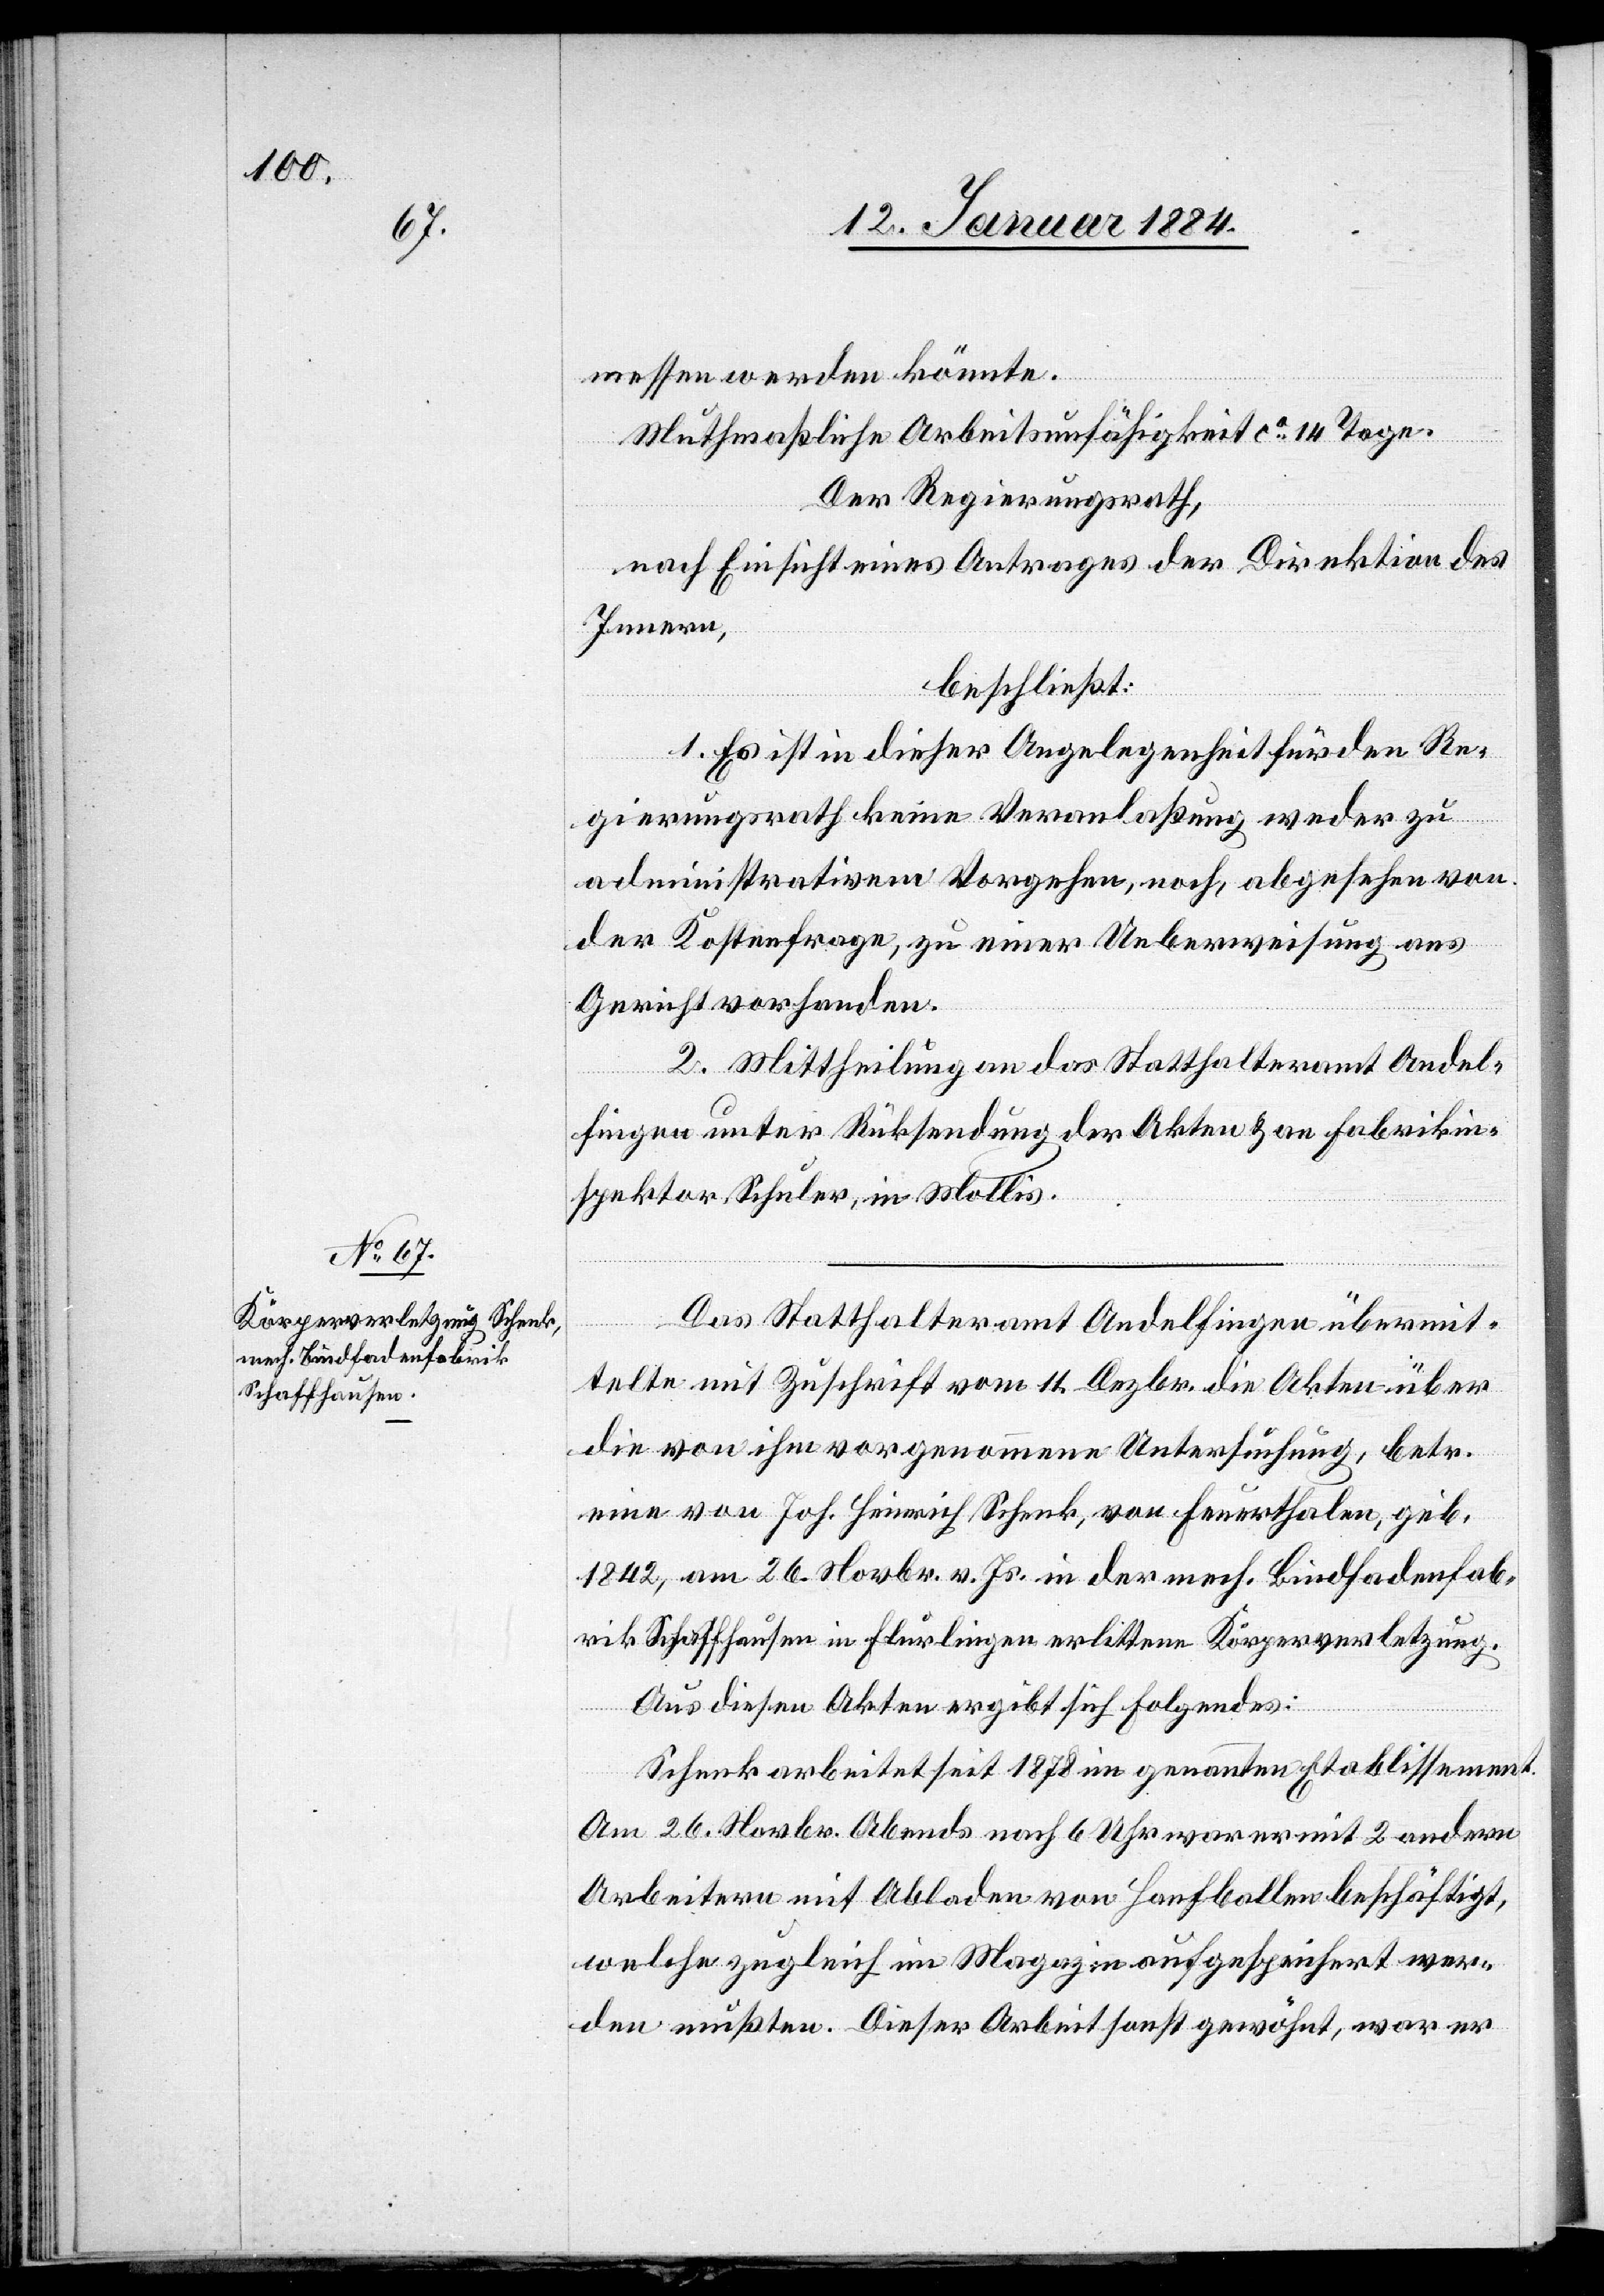
messen werden könnte.
Muthmaßliche Arbeitsunfähigkeit ca. 14 Tage.
Der Regierungsrath,
nach Einsicht eines Antrages der Direktion des
Innern,
beschließt:
1. Es ist in dieser Angelegenheit für den Re¬
gierungsrath keine Veranlaßung weder zu
administrativem Vorgehen, noch, abgesehen von
der Kostenfrage, zu einer Ueberweisung ans
Gericht vorhanden.
2. Mittheilung an das Statthalteramt Andel¬
zung.
fingen unter Rücksendung der Akten & an Fabrikin¬
spektor Schuler, in Mollis.
Das Statthalteramt Andelfingen übermit¬
telt mit Zuschrift vom 11. Dezbr. die Akten über
die von ihm vorgenommene Untersuchung, betr.
eine von Joh. Heinrich Schenk, von Feuerthalen, geb.
1842, am 26. Novbr. v. Js. erlittene Körperverlet¬
Aus diesen Akten ergibt sich Folgendes:
Schenk arbeitet seit 1878 in genanntem Etablissement.
Am 26. Novbr. Abends nach 6 Uhr war er mit 2 andern
Arbeitern mit Abladen von Hanfballen beschäftigt,
welche zugleich im Magazin aufgespeichert wer¬
den mußten. Diese Arbeit sonst gewöhnt, war er